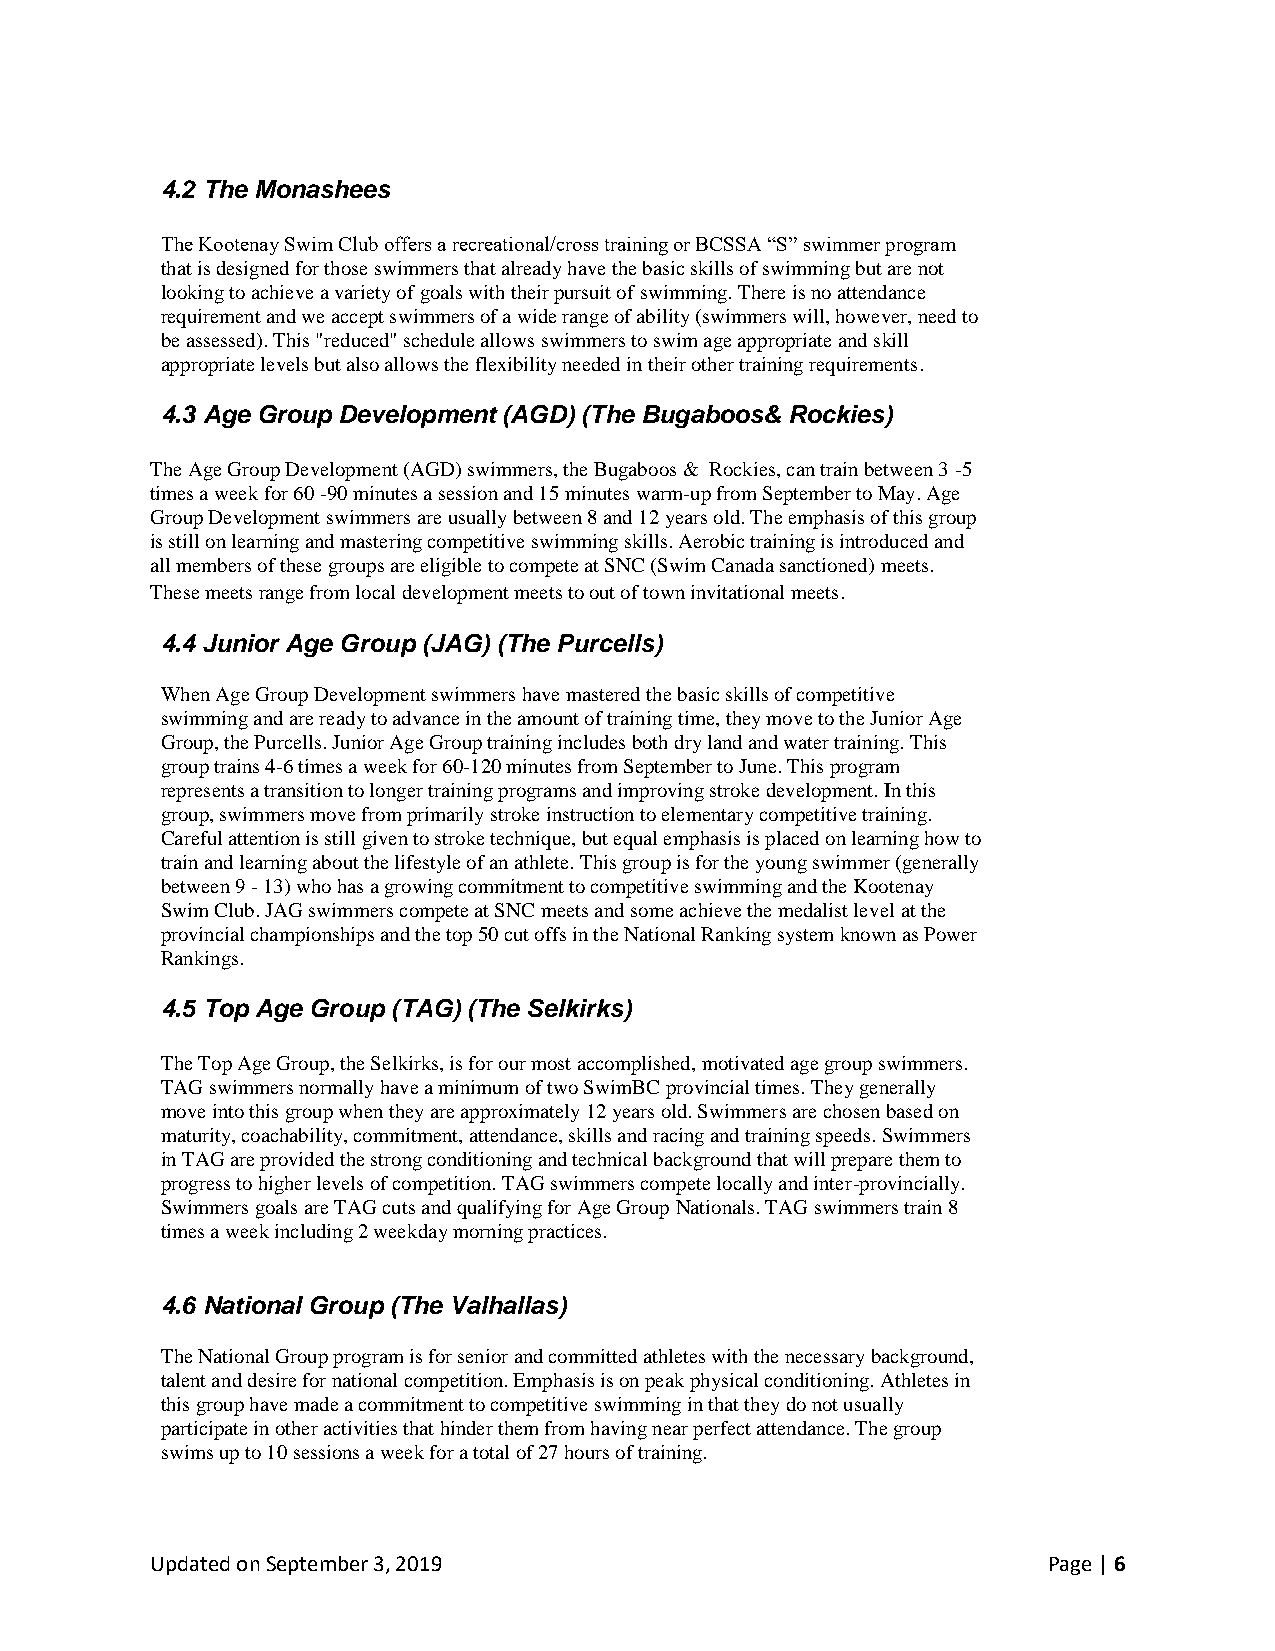
4.2 The Monashees
 The Kootenay Swim Club offers a recreational/cross training or BCSSA “S” swimmer program
 that is designed for those swimmers that already have the basic skills of swimming but are not
 looking to achieve a variety of goals with their pursuit of swimming. There is no attendance
 requirement and we accept swimmers of a wide range of ability (swimmers will, however, need to
 be assessed). This "reduced" schedule allows swimmers to swim age appropriate and skill
 appropriate levels but also allows the flexibility needed in their other training requirements.
 4.3 Age Group Development (AGD) (The Bugaboos& Rockies)
 The Age Group Development (AGD) swimmers, the Bugaboos & Rockies, can train between 3 -5
 times a week for 60 -90 minutes a session and 15 minutes warm-up from September to May. Age
 Group Development swimmers are usually between 8 and 12 years old. The emphasis of this group
 is still on learning and mastering competitive swimming skills. Aerobic training is introduced and
 all members of these groups are eligible to compete at SNC (Swim Canada sanctioned) meets.
 These meets range from local development meets to out of town invitational meets.
 4.4 Junior Age Group (JAG) (The Purcells)
 When Age Group Development swimmers have mastered the basic skills of competitive
 swimming and are ready to advance in the amount of training time, they move to the Junior Age
 Group, the Purcells. Junior Age Group training includes both dry land and water training. This
 group trains 4-6 times a week for 60-120 minutes from September to June. This program
 represents a transition to longer training programs and improving stroke development. In this
 group, swimmers move from primarily stroke instruction to elementary competitive training.
 Careful attention is still given to stroke technique, but equal emphasis is placed on learning how to
 train and learning about the lifestyle of an athlete. This group is for the young swimmer (generally
 between 9 - 13) who has a growing commitment to competitive swimming and the Kootenay
 Swim Club. JAG swimmers compete at SNC meets and some achieve the medalist level at the
 provincial championships and the top 50 cut offs in the National Ranking system known as Power
 Rankings.
 4.5 Top Age Group (TAG) (The Selkirks)
 The Top Age Group, the Selkirks, is for our most accomplished, motivated age group swimmers.
 TAG swimmers normally have a minimum of two SwimBC provincial times. They generally
 move into this group when they are approximately 12 years old. Swimmers are chosen based on
 maturity, coachability, commitment, attendance, skills and racing and training speeds. Swimmers
 in TAG are provided the strong conditioning and technical background that will prepare them to
 progress to higher levels of competition. TAG swimmers compete locally and inter-provincially.
 Swimmers goals are TAG cuts and qualifying for Age Group Nationals. TAG swimmers train 8
 times a week including 2 weekday morning practices.
 4.6 National Group (The Valhallas)
 The National Group program is for senior and committed athletes with the necessary background,
 talent and desire for national competition. Emphasis is on peak physical conditioning. Athletes in
 this group have made a commitment to competitive swimming in that they do not usually
 participate in other activities that hinder them from having near perfect attendance. The group
 swims up to 10 sessions a week for a total of 27 hours of training.
 Updated on September 3, 2019                               Page | 6